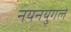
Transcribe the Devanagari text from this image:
नयनयुगले